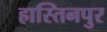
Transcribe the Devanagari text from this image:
हास्तिनपुर